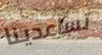
تساعدينا